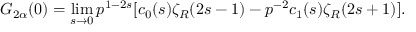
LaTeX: G _ { 2 \alpha } ( 0 ) = \operatorname * { l i m } _ { s \to 0 } p ^ { 1 - 2 s } [ c _ { 0 } ( s ) \zeta _ { R } ( 2 s - 1 ) - p ^ { - 2 } c _ { 1 } ( s ) \zeta _ { R } ( 2 s + 1 ) ] { . }